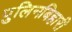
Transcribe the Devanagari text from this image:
पुलिनबिहारी